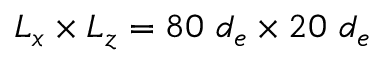
L _ { x } \times L _ { z } = 8 0 ~ d _ { e } \times 2 0 ~ d _ { e }